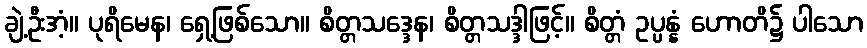
ချဲ့ဦးအံ့။ ပုရိမေန၊ ရှေ့ဖြစ်သော။ စိတ္တသဒ္ဒေန၊ စိတ္တသဒ္ဒါဖြင့်။ စိတ္တံ ဥပ္ပန္နံ ဟောတိ၌ ပါသော